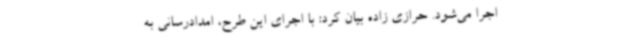
اجرا می‌شود. حرازی زاده بیان کرد: با اجرای این طرح، امدادرسانی به